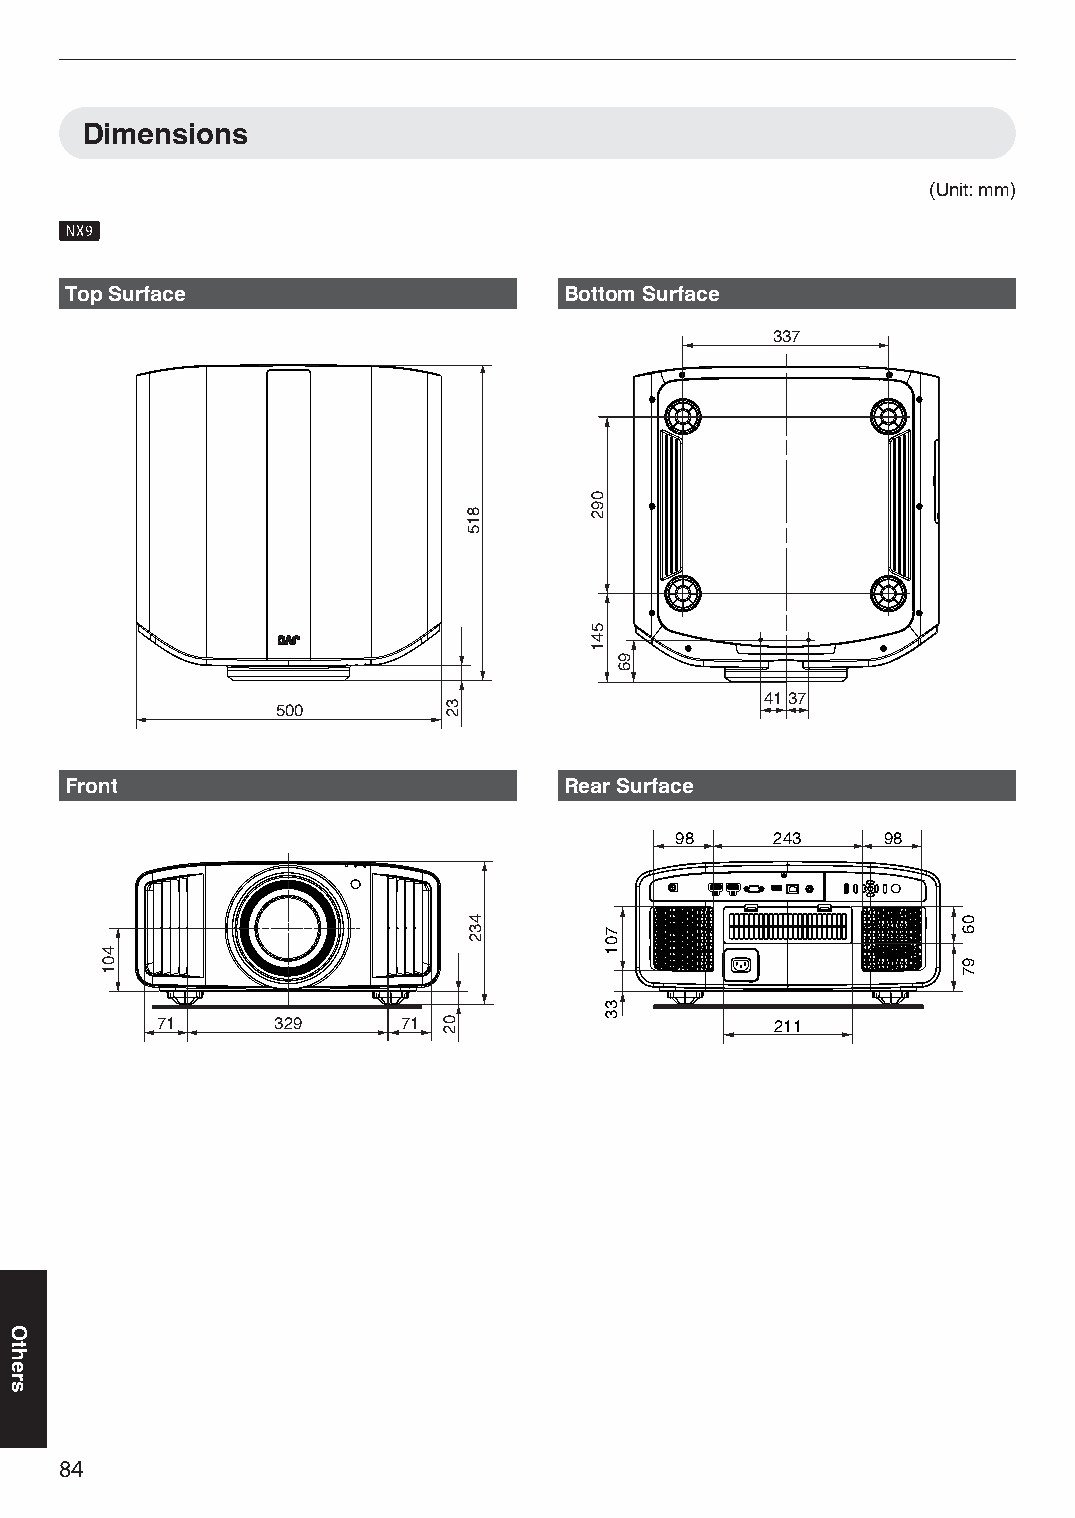
Dimensions
 (Unit: mm)
 k
 Top Surface                      Bottom Surface
 337
 4137
 500
 Front                            Rear Surface
 98    243    98
 71      329      71                      211
 84
 Others
 401
 32
 02
 815
 432
 092
 541
 701
 33
 96
 06
 97